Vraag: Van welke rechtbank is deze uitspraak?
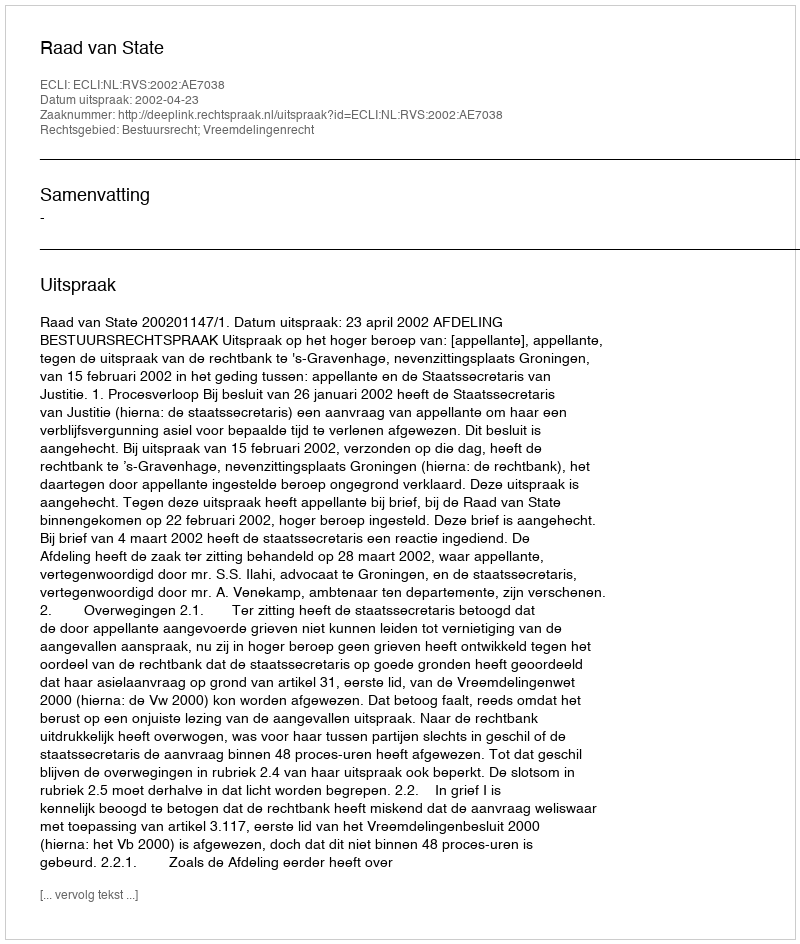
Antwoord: Raad van State